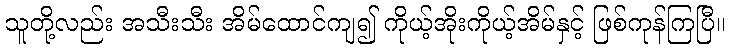
သူတို့လည်း အသီးသီး အိမ်ထောင်ကျ၍ ကိုယ့်အိုးကိုယ့်အိမ်နှင့် ဖြစ်ကုန်ကြပြီ။